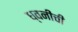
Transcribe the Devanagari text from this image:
ध्वनींची